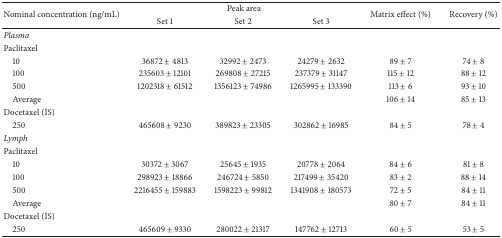
| <ROWSPAN=2> Nominal concentration (ng/mL) | <COLSPAN=3> Peak area | <ROWSPAN=2> Matrix effect (%) | <ROWSPAN=2> Recovery (%) |
 | Set 1 | Set 2 | Set 3 |
 | --- | --- | --- | --- | --- | --- |
 | Plasma |  |  |  |  |  |
 | Paclitaxel |  |  |  |  |  |
 | 10 | 36872 ± 4813 | 32992 ± 2473 | 24279 ± 2632 | 89 ± 7 | 74 ± 8 |
 | 100 | 235603 ± 12101 | 269808 ± 27215 | 237379 ± 31147 | 115 ± 12 | 88 ± 12 |
 | 500 | 1202318 ± 61512 | 1356123 ± 74986 | 1265995 ± 133390 | 113 ± 6 | 93 ± 10 |
 | Average |  |  |  | 106 ± 14 | 85 ± 13 |
 | Docetaxel (IS) |  |  |  |  |  |
 | 250 | 465608 ± 9230 | 389823 ± 23305 | 302862 ± 16985 | 84 ± 5 | 78 ± 4 |
 | Lymph |  |  |  |  |  |
 | Paclitaxel |  |  |  |  |  |
 | 10 | 30372 ± 3067 | 25645 ± 1935 | 20778 ± 2064 | 84 ± 6 | 81 ± 8 |
 | 100 | 298923 ± 18866 | 246724 ± 5850 | 217499 ± 35420 | 83 ± 2 | 88 ± 14 |
 | 500 | 2216455 ± 159883 | 1598223 ± 99812 | 1341908 ± 180573 | 72 ± 5 | 84 ± 11 |
 | Average |  |  |  | 80 ± 7 | 84 ± 11 |
 | Docetaxel (IS) |  |  |  |  |  |
 | 250 | 465609 ± 9330 | 280022 ± 21317 | 147762 ± 12713 | 60 ± 5 | 53 ± 5 |